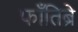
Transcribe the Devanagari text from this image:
फाँतिब्रे